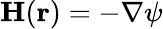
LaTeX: {\mathbf{H}}({\mathbf{r}})=-\nabla\psi